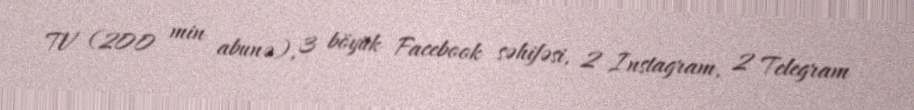
TV (200 min abunə), 3 böyük Facebook səhifəsi, 2 Instagram, 2 Telegram